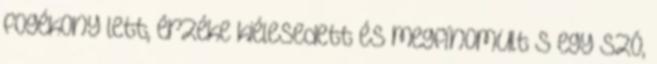
fogékony lett, érzéke kiélesedett és megfínomult s egy szó,